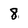
Character: 8